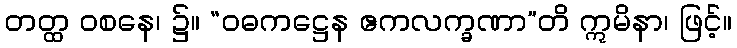
တတ္ထ ဝစနေ၊ ၌။ “ဝဓကဋ္ဌေန ဧကလက္ခဏာ”တိ ဣမိနာ၊ ဖြင့်။